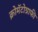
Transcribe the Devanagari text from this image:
क्रोमॅटोग्राफी